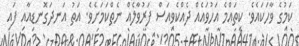
ކަމުގެ ވާހަކައެވެ. ކިތައްމެ އަހުވައެއް ދެއްކެވިއަސް ފަރުވާލެއް ނެތްކަމަށެވެ. އަތު އަނދަގޮނޑިއާއި ފައި